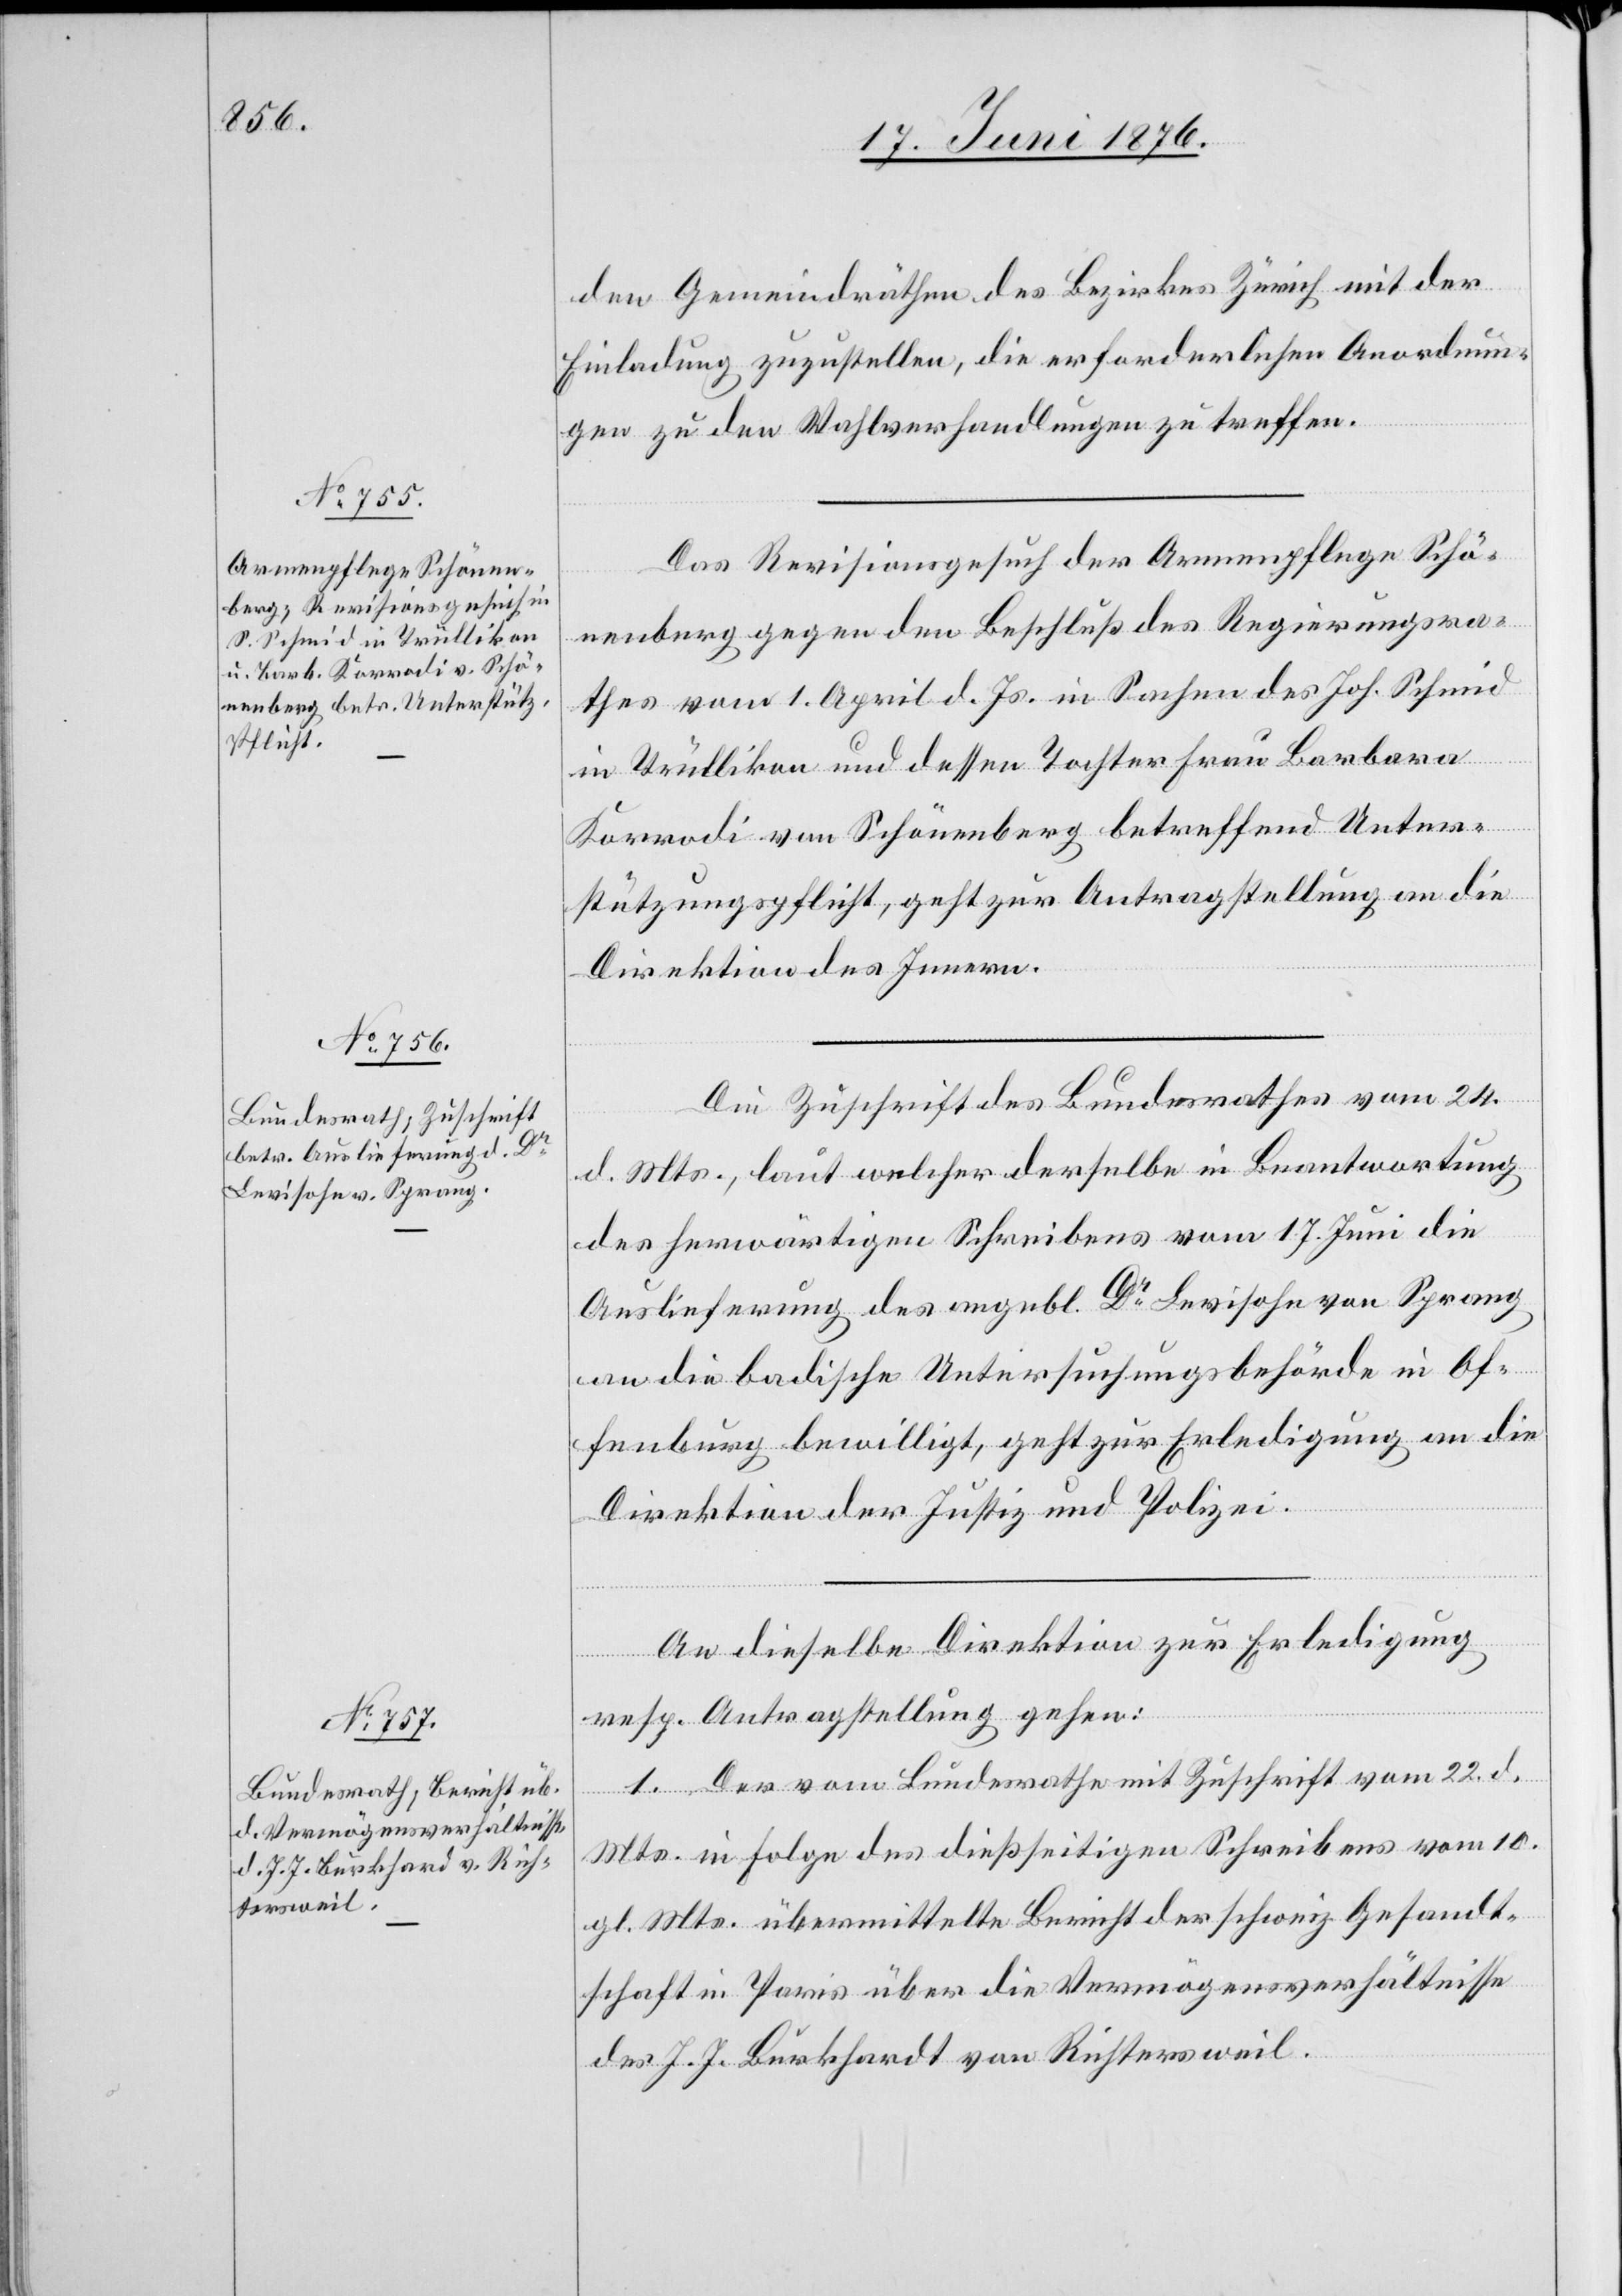
26. Juni 1876.]
den Gemeindräthen des Bezirkes Zürich mit der
Einladung zuzustellen, die erforderlichen Anordnun¬
gen zu den Wahlverhandlungen zu treffen.
Das Revisionsgesuch der Armenpflege Schö¬
nenberg gegen den Beschluß des Regierungsra¬
thes vom 1. April d. Js. in Sachen des Joh. Schmid
[Fortsetzung
in Trüllikon und dessen Tochter Frau Barbara
fügungen
Korrodi von Schönenberg betreffend Unter¬
stützungspflicht, geht zur Antragstellung an die
Direktion des Innern.
Die Zuschrift des Bundesrathes vom 24.
d. Mts., laut welcher derselbe in Beantwortung
des herwärtigen Schreibens vom 17. Juni die
Auslieferung des angebl. Dr Levisohn von Sprang
an die badische Untersuchungsbehörde in Of¬
fenburg bewilligt, geht zur Erledigung an die
Direktion der Justiz und Polizei.
An dieselbe Direktion zur Erledigung
resp. Antragstellung gehen:
1. Der vom Bundesrathe mit Zuschrift vom 22. d.
Mts. in Folge des dießseitigen Schreibens vom 10.
gl. Mts. übermittelte Bericht der schweiz. Gesandt¬
schaft in Paris über die Vermögensverhältnisse
des J. J. Burkhardt von Richtersweil.